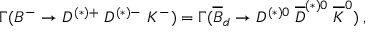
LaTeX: \Gamma ( B ^ { - } \rightarrow D ^ { ( * ) + } \; D ^ { ( * ) - } \; K ^ { - } ) = \Gamma ( \overline { { B } } _ { d } \rightarrow D ^ { ( * ) 0 } \; \overline { { D } } ^ { ( * ) 0 } \; \overline { { K } } ^ { 0 } ) \; ,